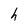
Character: h